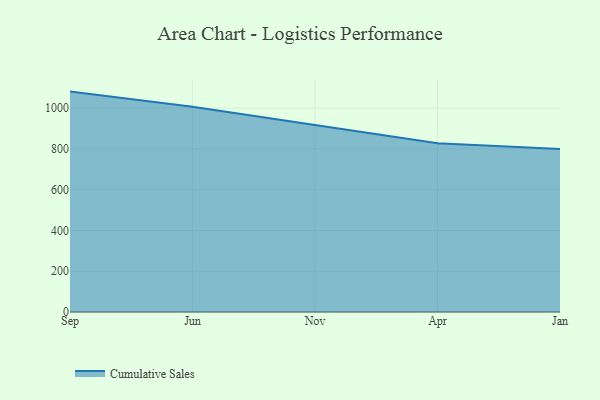
{"axis": {"x": "Month", "y": "Tickets Resolved"}, "legend": ["Cumulative Sales"], "data": [{"x": "Sep", "y": 1081.2, "type": "Cumulative Sales"}, {"x": "Jun", "y": 1007.3, "type": "Cumulative Sales"}, {"x": "Nov", "y": 917.4, "type": "Cumulative Sales"}, {"x": "Apr", "y": 827.8, "type": "Cumulative Sales"}, {"x": "Jan", "y": 800, "type": "Cumulative Sales"}]}